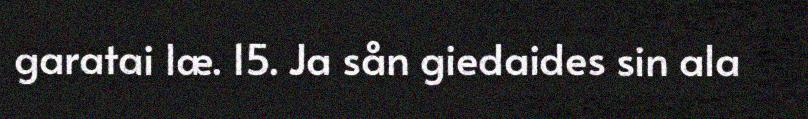
garatai læ. 15. Ja sån giedaides sin ala